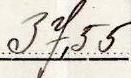
37,55